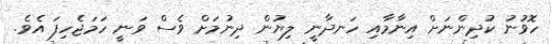
ހޮވުނު ކުދިންނަށް އިނާމާއި ހަނދާނީ ލިޔުން ދިނުމަށް ވެސް ވަނީ ހަމަޖެހިފަ އެވެ.